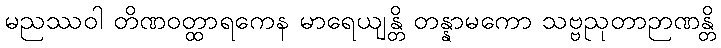
မညဿဝါ တိဏဝတ္ထာရကေန မာရေယျန္တိ တန္နာမကော သဗ္ဗညုတာဉာဏန္တိ